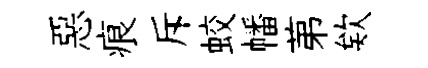
惡痕斥蛟幡苐欸